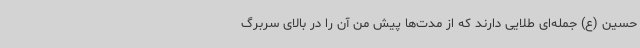
حسین (ع) جمله‌ای طلایی دارند که از مدت‌ها پیش من آن را در بالای سربرگ